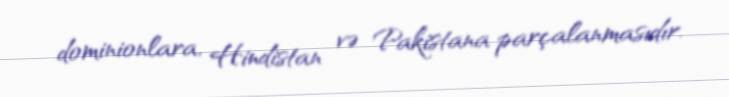
dominionlara, Hindistan və Pakistana parçalanmasıdır.